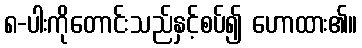
၈-ပါးကိုတောင်းသည်နှင့်စပ်၍ ဟောထား၏။